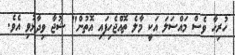
ހުރިހާ ވެސް މައްސަލަ އަކީ މާލެ ތޮއްޖެހިފައި އޮތުން" ޝުޖާ ވިދާޅުވި އެވެ.